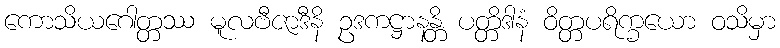
ကောသိယဂေါတ္တဿ မူလဗီဇာဒီနိ ဥဒကဋ္ဌာနန္တိ ပတ္တိဒါနံ ဝိတ္တပရိက္ခယော ဝသိမှာ